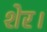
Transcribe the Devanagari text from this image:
शेर।